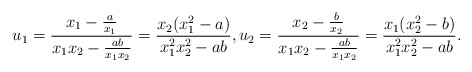
\begin{align*} u_1=\frac{x_1-\frac{a}{x_1}}{x_1x_2-\frac{ab}{x_1x_2}}=\frac{x_2(x_1^2-a)}{x_1^2x_2^2-ab},u_2=\frac{x_2-\frac{b}{x_2}}{x_1x_2-\frac{ab}{x_1x_2}}=\frac{x_1(x_2^2-b)}{x_1^2x_2^2-ab}.\end{align*}